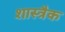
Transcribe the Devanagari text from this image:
शास्त्रैक